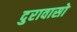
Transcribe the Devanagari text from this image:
दुरावासो